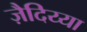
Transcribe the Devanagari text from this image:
ज़ैदिय्या